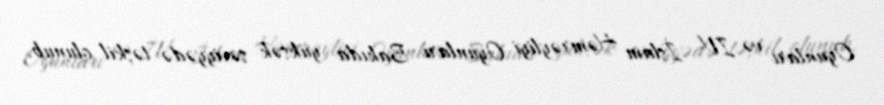
Oyunları və IV İslam Həmrəyliyi Oyunları Bakıda yüksək səviyyədə təşkil olunub.